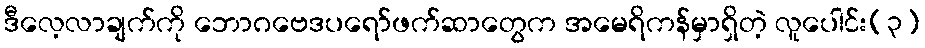
ဒီလေ့လာချက်ကို ဘောဂဗေဒပရော်ဖက်ဆာတွေက အမေရိကန်မှာရှိတဲ့ လူပေါင်း(၃)